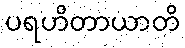
ပရဟိတာယာတိ